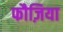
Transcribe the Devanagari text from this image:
फौज़िया